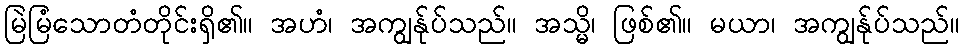
မြဲမြံသောတံတိုင်းရှိ၏။ အဟံ၊ အကျွန်ုပ်သည်။ အသ္မိ၊ ဖြစ်၏။ မယာ၊ အကျွန်ုပ်သည်။